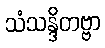
သံသန္ဒိတဗ္ဗာ